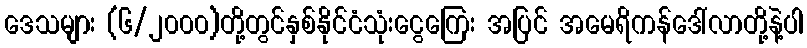
ဒေသများ (၆/၂၀၀၀)တို့တွင်နှစ်နိုင်ငံသုံးငွေကြေး အပြင် အမေရိကန်ဒေါ်လာတို့နဲ့ပါ